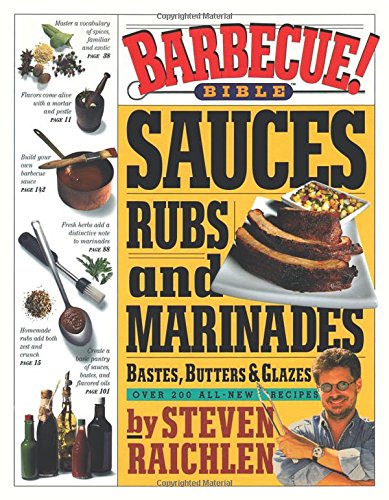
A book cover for Barbecue! Bible Sauces, Rubs, and Marinades, Bastes, Butters, and Glazes; Steven Raichlen; Cookbooks, Food & Wine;